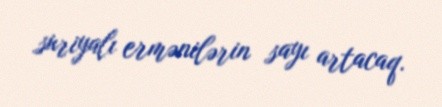
suriyalı ermənilərin sayı artacaq.